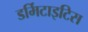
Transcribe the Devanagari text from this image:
डर्मिटाइटिस